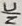
Text: N/C